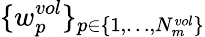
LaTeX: \{ w_{p}^{vol}\} _{p\in\{ 1,\dots,N_{m}^{vol}\} }